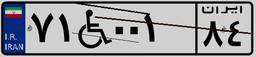
۷۱W۰۰۱۸۴